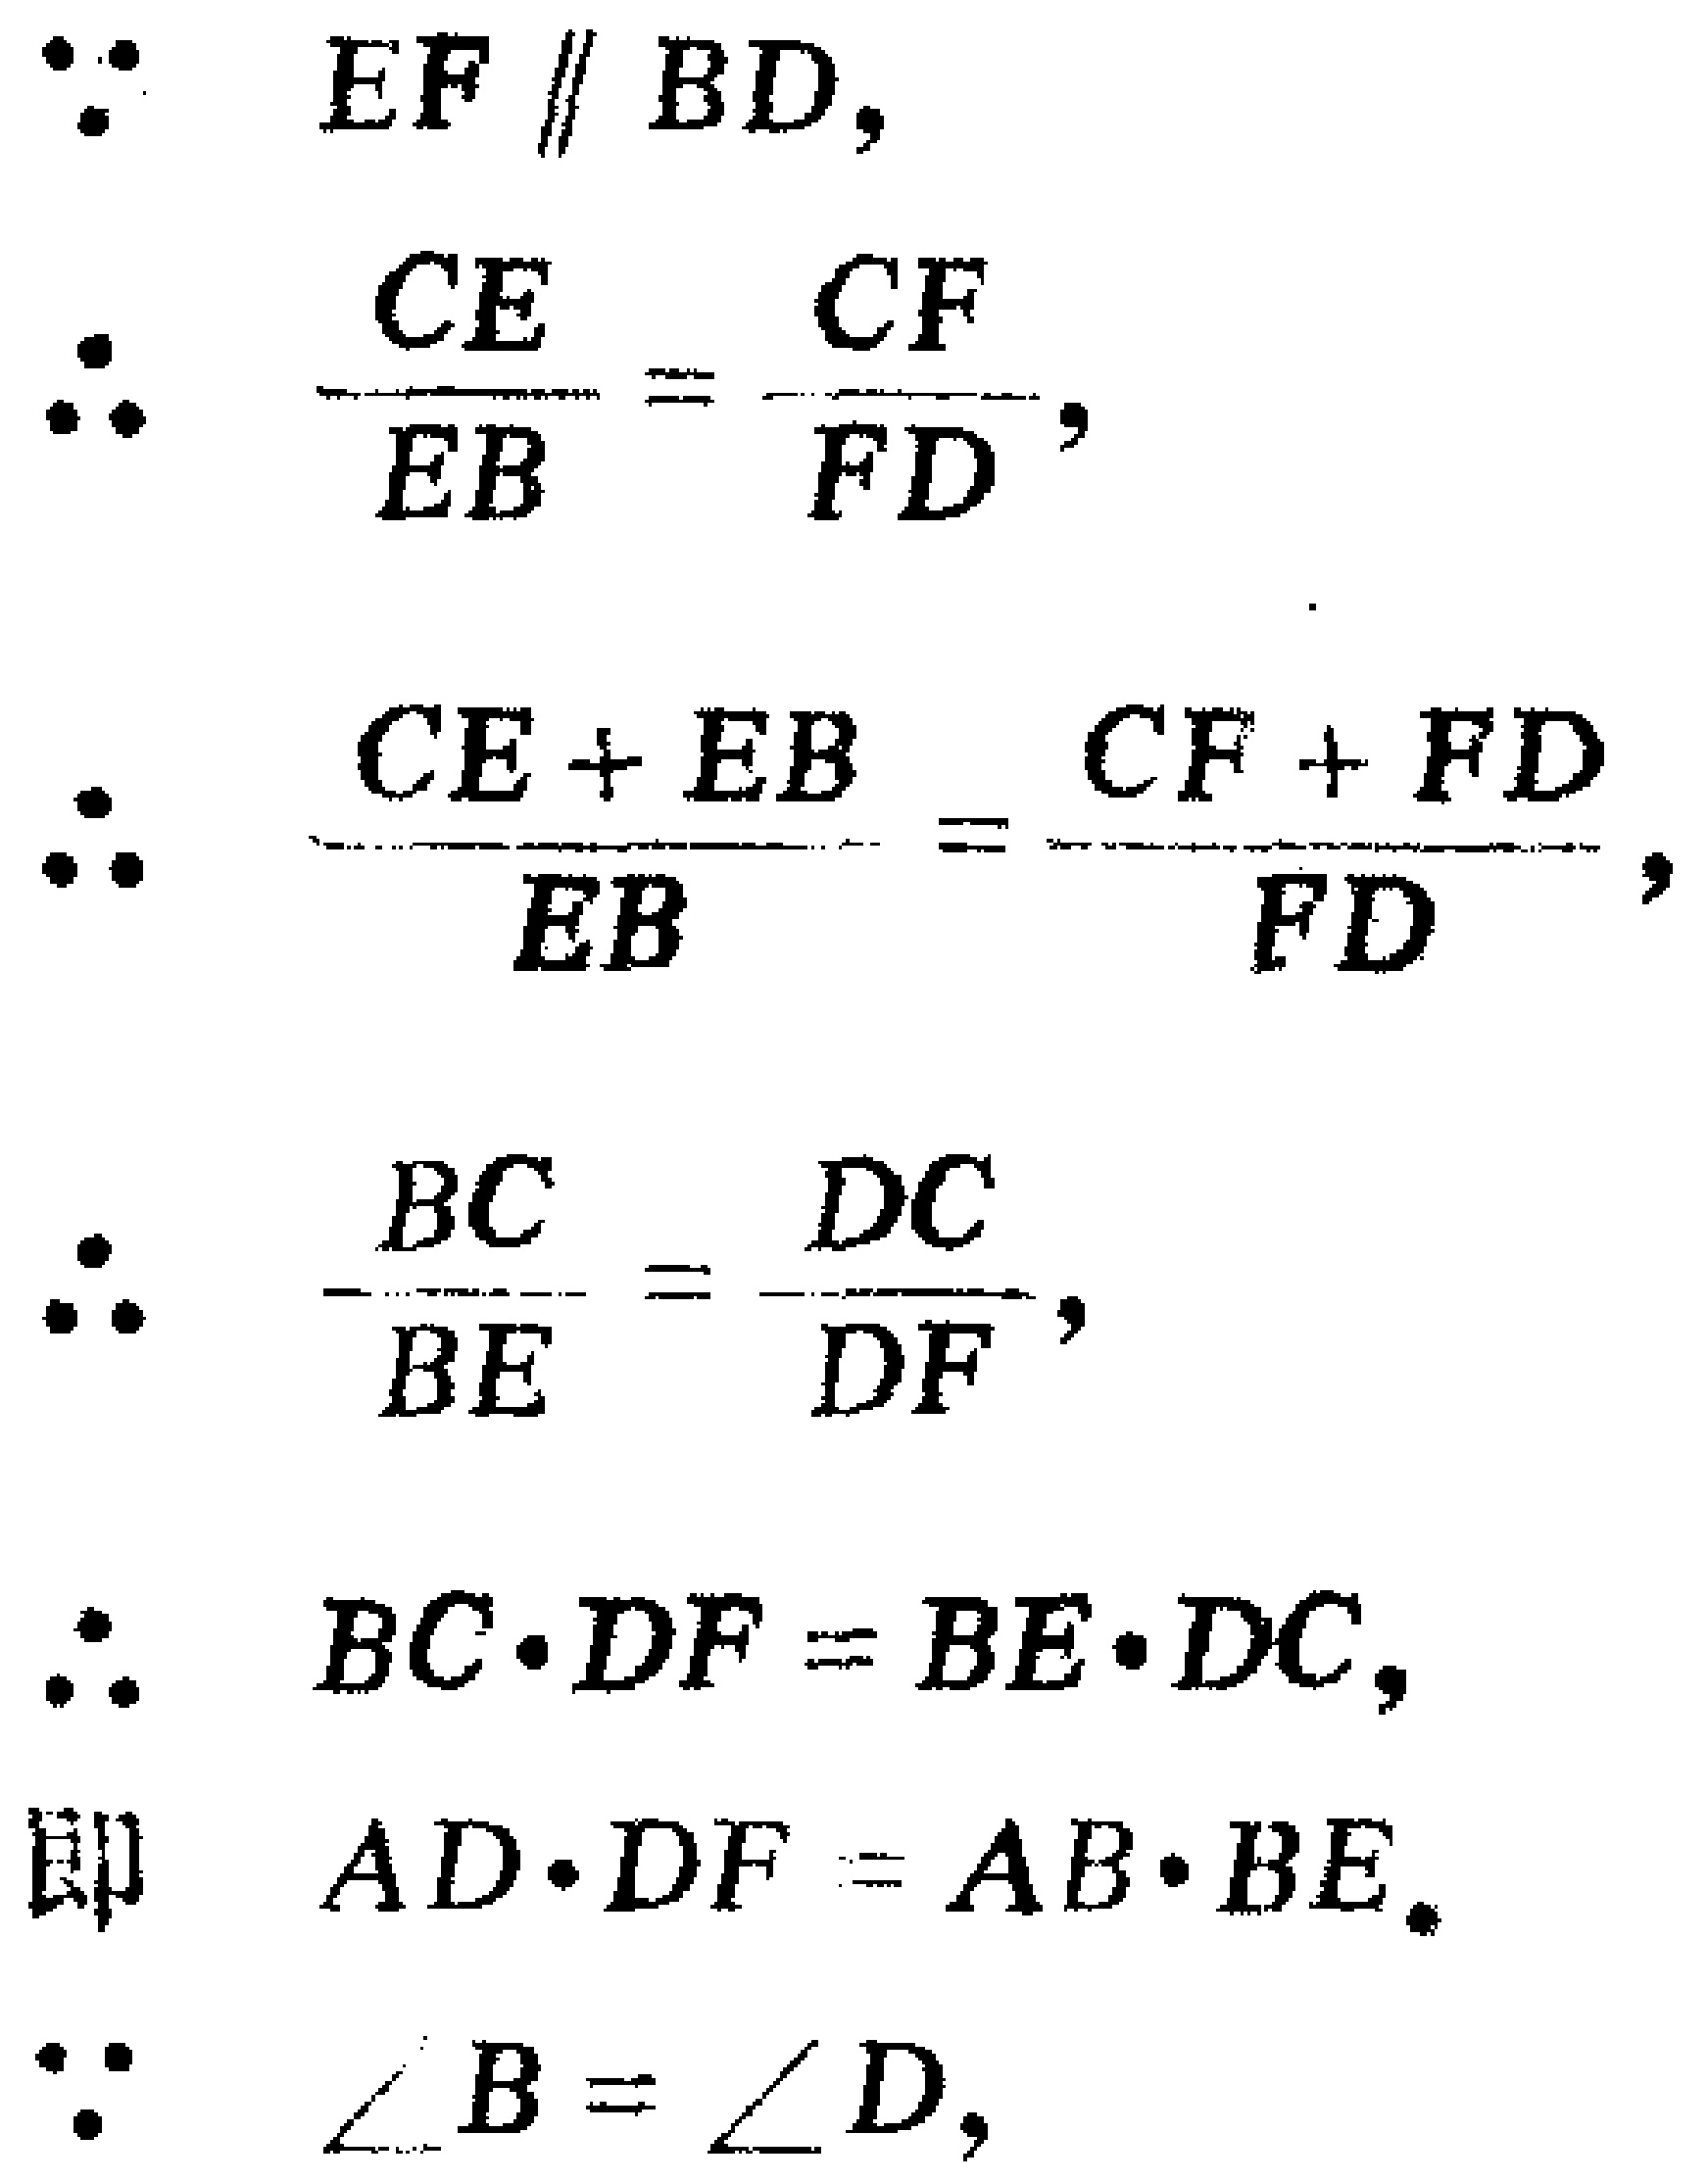
\(
\begin{align*}
&\because EF \parallel BD,\\
&\therefore \frac{CE}{EB}=\frac{CF}{FD},\\
&\therefore \frac{CE + EB}{EB}=\frac{CF + FD}{FD},\\
&\therefore \frac{BC}{BE}=\frac{DC}{DF},\\
&\therefore BC\cdot DF = BE\cdot DC,\\
&\text{即 } AD\cdot DF = AB\cdot BE.\\
&\because \angle B=\angle D,
\end{align*}
\)